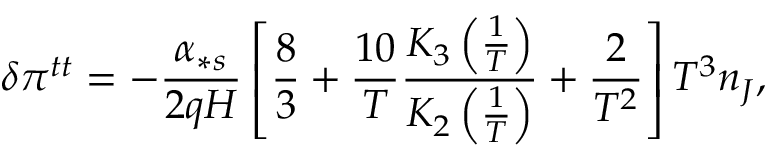
\delta \pi ^ { t t } = - \frac { \alpha _ { \ast s } } { 2 q H } \left[ \frac { 8 } { 3 } + \frac { 1 0 } { T } \frac { K _ { 3 } \left( \frac { 1 } { T } \right) } { K _ { 2 } \left( \frac { 1 } { T } \right) } + \frac { 2 } { T ^ { 2 } } \right] T ^ { 3 } n _ { J } ,